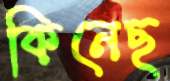
কিনেছ